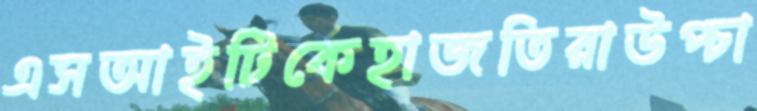
এসআইটিকেহাজতিরাউপ্‌চা